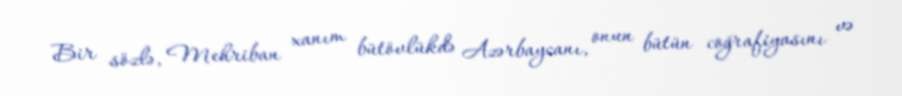
Bir sözlə, Mehriban xanım bütövlükdə Azərbaycanı, onun bütün coğrafiyasını və